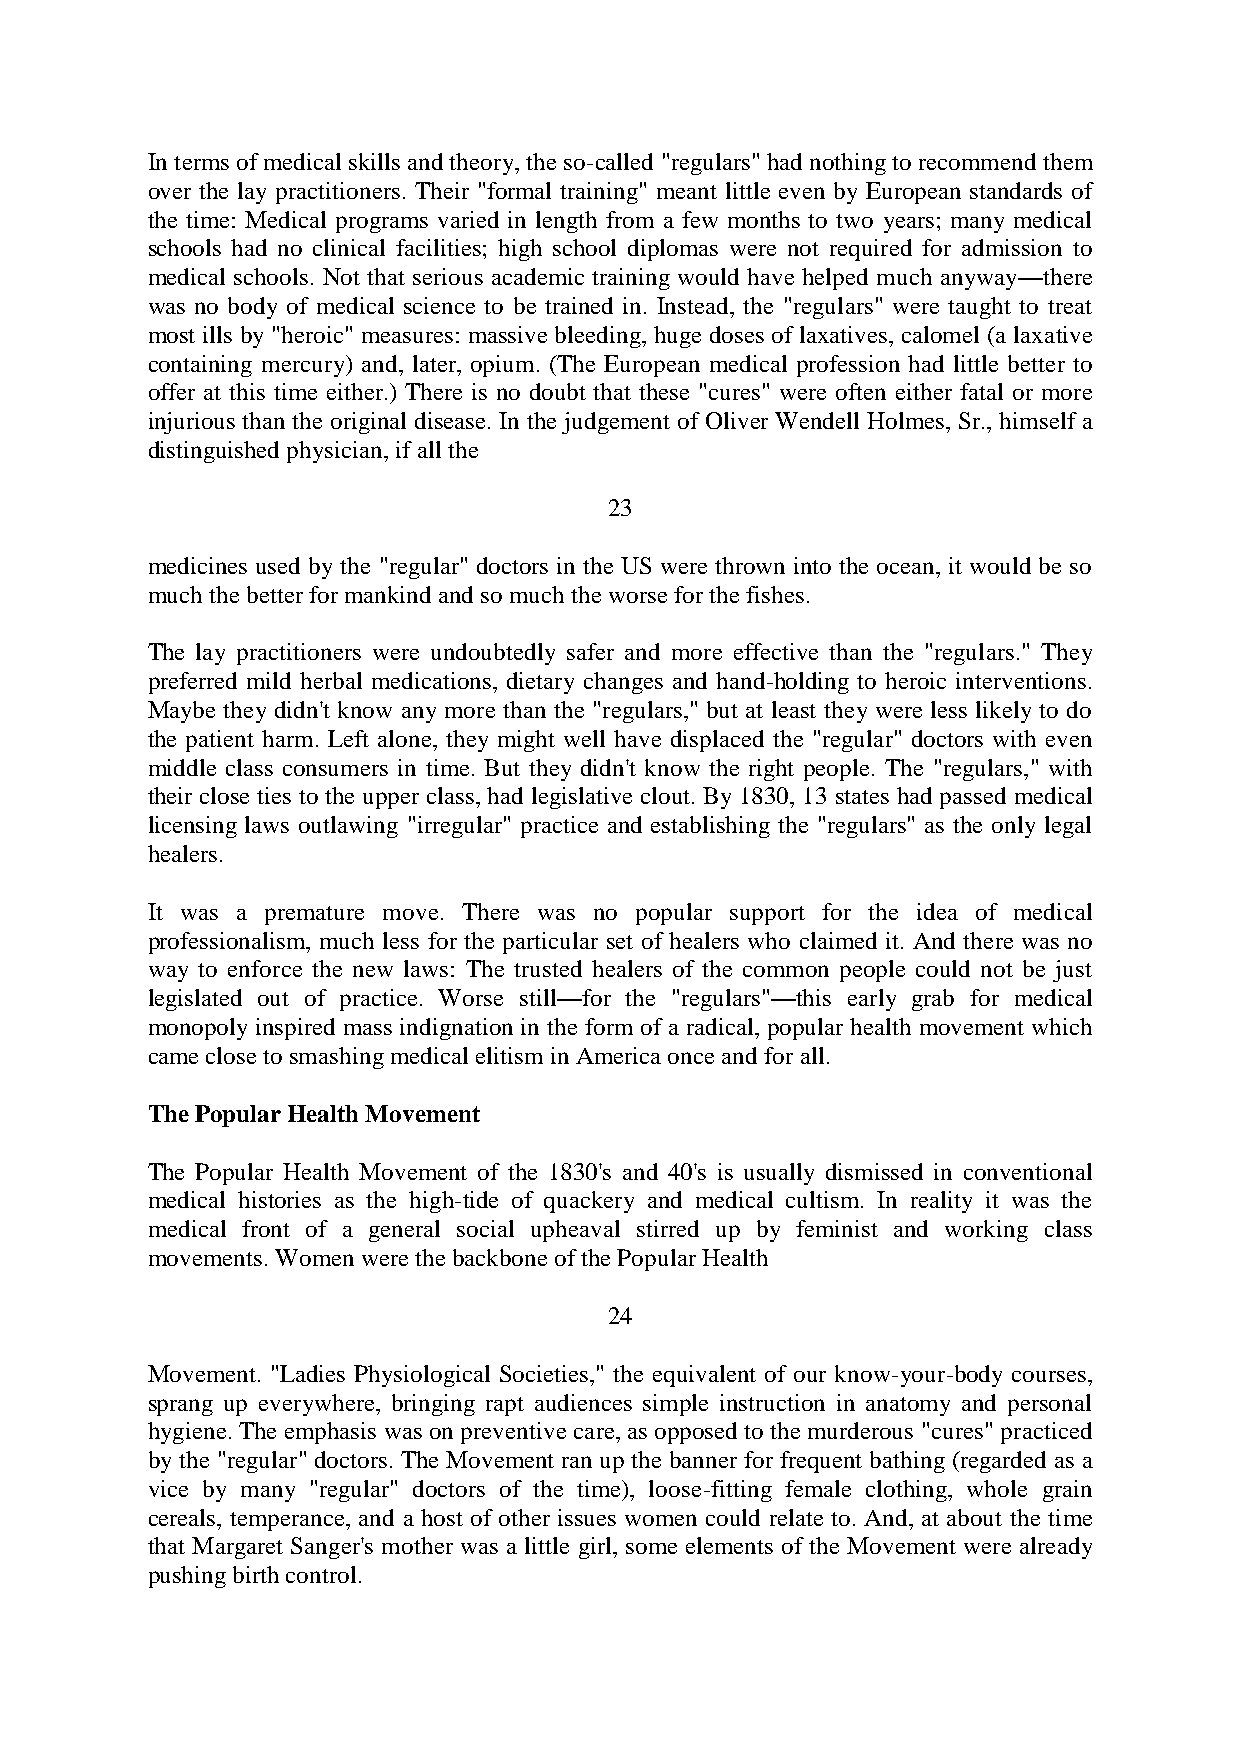
In terms of medical skills and theory, the so-called "regulars" had nothing to recommend them
 over the lay practitioners. Their "formal training" meant little even by European standards of
 the time: Medical programs varied in length from a few months to two years; many medical
 schools had no clinical facilities; high school diplomas were not required for admission to
 medical schools. Not that serious academic training would have helped much anyway—there
 was no body of medical science to be trained in. Instead, the "regulars" were taught to treat
 most ills by "heroic" measures: massive bleeding, huge doses of laxatives, calomel (a laxative
 containing mercury) and, later, opium. (The European medical profession had little better to
 offer at this time either.) There is no doubt that these "cures" were often either fatal or more
 injurious than the original disease. In the judgement of Oliver Wendell Holmes, Sr., himself a
 distinguished physician, if all the
 23
 medicines used by the "regular" doctors in the US were thrown into the ocean, it would be so
 much the better for mankind and so much the worse for the fishes.
 The lay practitioners were undoubtedly safer and more effective than the "regulars." They
 preferred mild herbal medications, dietary changes and hand-holding to heroic interventions.
 Maybe they didn't know any more than the "regulars," but at least they were less likely to do
 the patient harm. Left alone, they might well have displaced the "regular" doctors with even
 middle class consumers in time. But they didn't know the right people. The "regulars," with
 their close ties to the upper class, had legislative clout. By 1830, 13 states had passed medical
 licensing laws outlawing "irregular" practice and establishing the "regulars" as the only legal
 healers.
 It was a premature move. There was no popular support for the idea of medical
 professionalism, much less for the particular set of healers who claimed it. And there was no
 way to enforce the new laws: The trusted healers of the common people could not be just
 legislated out of practice. Worse still—for the "regulars"—this early grab for medical
 monopoly inspired mass indignation in the form of a radical, popular health movement which
 came close to smashing medical elitism in America once and for all.
 The Popular Health Movement
 The Popular Health Movement of the 1830's and 40's is usually dismissed in conventional
 medical histories as the high-tide of quackery and medical cultism. In reality it was the
 medical front of a general social upheaval stirred up by feminist and working class
 movements. Women were the backbone of the Popular Health
 24
 Movement. "Ladies Physiological Societies," the equivalent of our know-your-body courses,
 sprang up everywhere, bringing rapt audiences simple instruction in anatomy and personal
 hygiene. The emphasis was on preventive care, as opposed to the murderous "cures" practiced
 by the "regular" doctors. The Movement ran up the banner for frequent bathing (regarded as a
 vice by many "regular" doctors of the time), loose-fitting female clothing, whole grain
 cereals, temperance, and a host of other issues women could relate to. And, at about the time
 that Margaret Sanger's mother was a little girl, some elements of the Movement were already
 pushing birth control.